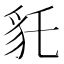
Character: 𧲢